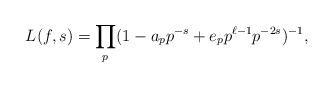
LaTeX: \begin{align*} L(f,s) = \prod_p (1 - a_p p^{-s} + e_pp^{\ell-1}p^{-2s})^{-1},\end{align*}